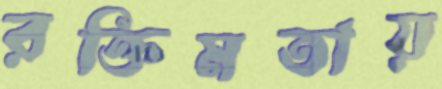
রক্তিমতায়